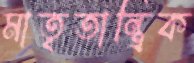
মাতৃতান্ত্রিক